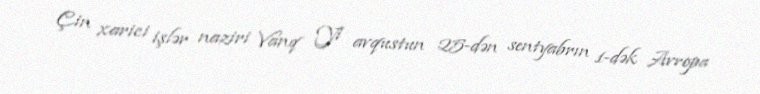
Çin xarici işlər naziri Vanq Yi avqustun 25-dən sentyabrın 1-dək Avropa